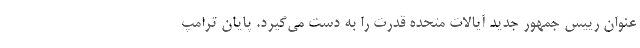
عنوان رییس جمهور جدید آیالات متحده قدرت را به دست می‌گیرد. پایان ترامپ